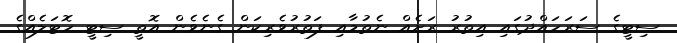
ސިޓީގެ ސަރަހައްދުގައި އިތުރު ރަށެއް ނެތުމާއި ފަތުރުވެރިކަން ގެނެވެން އޮތީ ސިޓީ ހޮޓަލެއްގެ